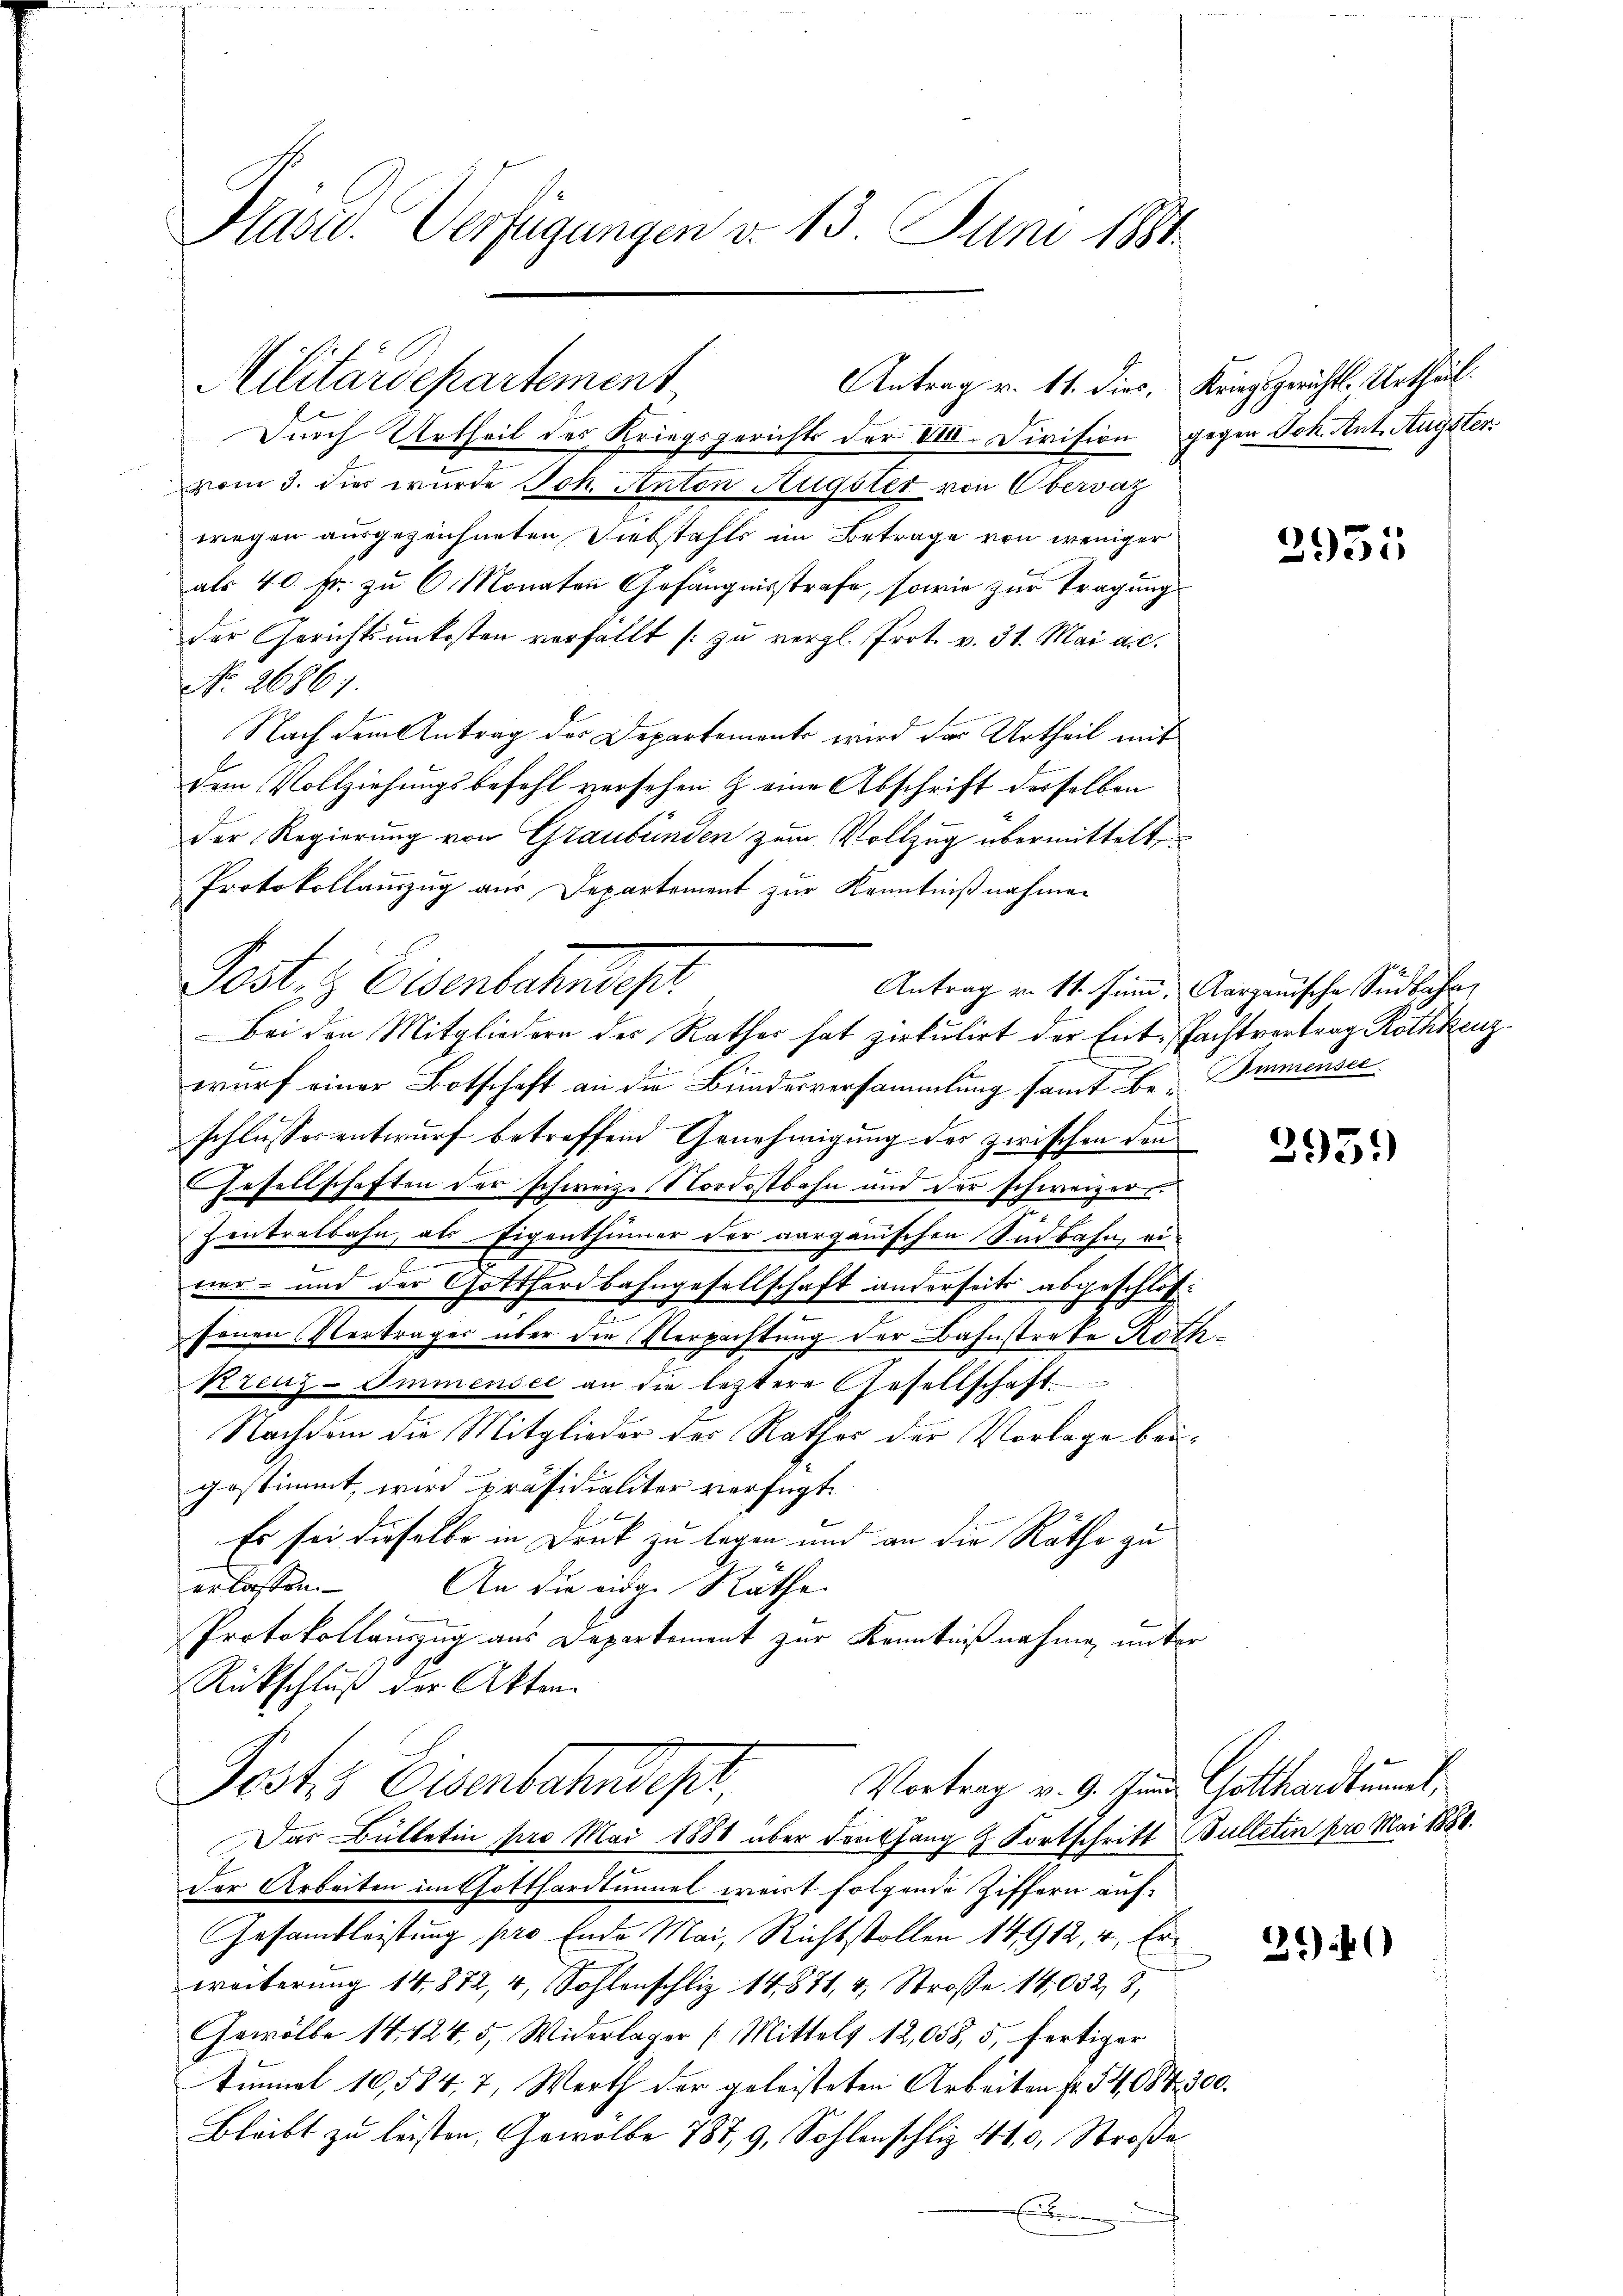
Pläser. Verfügungen v. 13. Juni 1884

Militärdepartement
Antrag v. 11. dies, Kriegsgerichts-Urtheil.

Durch Urtheil des Kriegsgerichts der VIII. Division gegen Joh. Ant. Augster
vom 3. dies wurde Joh. Anton Augster von Obervaz
wegen ausgezeichneten Diebstahls im Betrage von weniger
als 40 Fr. zu 6 Monaten Gefängnisstrafe, sowie zur Tragung
der Gerichtsunkosten verfällt (zu vergl. Prot. v. 31. Mai a.c.
No. 26861.
Nach dem Antrag der Departements wird der Urtheil mit
dem Vollziehungsbefehl versehen & eine Abschrift derselben
Der Regierung von Graubünden zum Vollzug übermittelte
Protokollauszug aus Departement zur Kenntnißnahmen
Pest. H. Eisenbahndep
wurf einer Botschaft an die Bundesversammlung samt Be- Immensee
schlussesentwurf betreffend Genehmigung der zwischen den
Gesellschaften der schweize Nordostbahn und der schweizer.
Zentralbahn, als Eigenthümer der aarganischen Südbahn, ei¬
A
e
vier- und der Gotthardbahngesellschaft anderseits abgeschlosfenen Verträger über der Verpachtung der Bahnstreke Rath¬
Kreuz-Immensee an die letztere Gesellschaft
Nachdem die Mitglieder der Rathes der Vorlage beigestimmt, wird präsidialiter verfügt:
Es sei dieselbe in Druck zu legen und an die Räthe zu
erlassen. An die eine Räthe
Protokollauszug aus Departement zur Kenntnißnahme, unter
Rückschluß der Akten.
Vortrag v. 9. Juni Gotthardtumes,
Posts Eisenbahndept,
Das Bülletin pro Mai 1888 über dorthang & Fortschritt Bulletin pro Mai 1880.
der Arbeiten im Gotthardtunnel weit folgende Ziffern auf¬
Gesamtleistung pro Ende Mai, Richtstollen 14912, 4., Erweiterung 14,872, 4, Sohlenschliz 14871, 4, Strasse 14,032, 8,
Gewölbe 14424, 5, Widerlager Mittels 12,058, 5, fertiger
tümmel 10,584, 7, Werth der geleisteten Arbeiten fr. 54. 684. 300.
Bleibt zu leisten, Gewölbe 787, 9, Sohlenschliz 410, Straße
e

Bei den Mitgliedern des Rathes hat zirkulirt der Ent-Pachtvertrag Röthkenz

2951

Antrag v. 11. Juni, Aargauische Südbahr

2931)

3.40